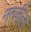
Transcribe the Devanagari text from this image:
नरलीला